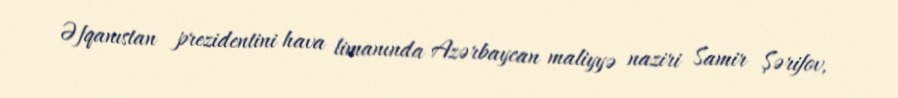
Əfqanıstan prezidentini hava limanında Azərbaycan maliyyə naziri Samir Şərifov,